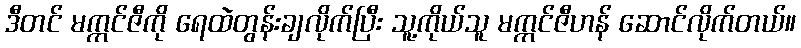
ဒီတင် မက္ကင်ဇီကို ရေထဲတွန်းချလိုက်ပြီး သူ့ကိုယ်သူ မက္ကင်ဇီဟန် ဆောင်လိုက်တယ်။